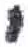
אות: י